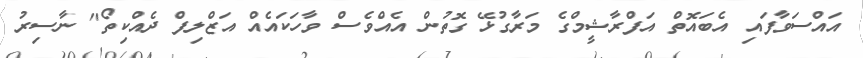
އައްސަވާފައި އެބައޮތް އަފްރާޝީމްގެ މަރާގުޅޭ ގޮތުން އެއްވެސް ވާހަކައެއް އަޒްލިފް ދެއްކިތޯ" ނާސިރު